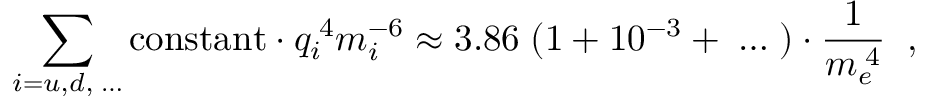
\sum _ { i = u , d , \; \dots } \mathrm { c o n s t a n t } \cdot q _ { i } ^ { \; 4 } m _ { i } ^ { - 6 } \approx 3 . 8 6 \; ( 1 + 1 0 ^ { - 3 } + \; \dots \; ) \cdot \frac { 1 } { m _ { e } ^ { \; 4 } } \; \; ,